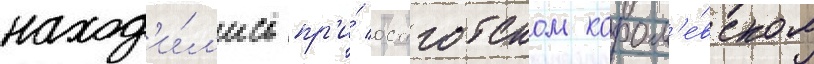
наход'и́л'ись пр'и́ остготском корол'е́вском